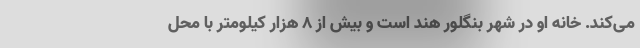
می‌کند. خانه او در شهر بنگلور هند است و بیش از ۸ هزار کیلومتر با محل